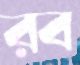
রব